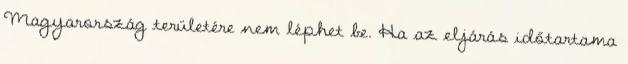
Magyarország területére nem léphet be. Ha az eljárás időtartama